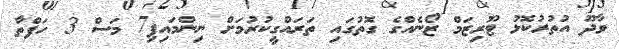
ވާދޫ އުތުރުކޮޅު ޓޫރިޒަމް ޒޯނެއްގެ ގޮތުގައި ތަރައްގީކުރުމަށް ނިންމައިފި7 މަސް 3 ހަފްތާ